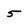
Character: 5